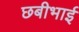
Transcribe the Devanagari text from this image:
छबीभाई